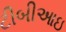
ટીબીઆઇ